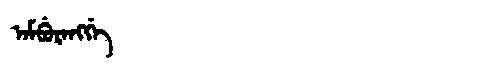
Manchu: ᠠᠮᠪᡠᡵᠠᠩᡤᡝ
Romanization: AMBURANGGE